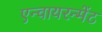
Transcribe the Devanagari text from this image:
एन्वायरन्मेंट